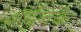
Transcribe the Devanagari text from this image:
गर्दनके